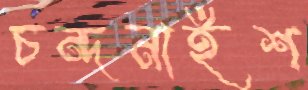
চন্দনাইশ